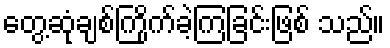
တွေ့ဆုံချစ်ကြိုက်ခဲ့ကြခြင်းဖြစ် သည်။